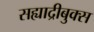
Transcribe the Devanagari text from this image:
सह्याद्रीबुक्स